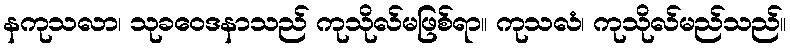
နကုသလာ၊ သုခဝေဒနာသည် ကုသိုလ်မဖြစ်ရာ။ ကုသလံ၊ ကုသိုလ်မည်သည်။